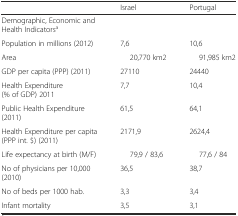
|  | Israel | Portugal |
 | --- | --- | --- |
 | Demographic, Economic and Health Indicatorsa |  |  |
 | Population in millions (2012) | 7,6 | 10,6 |
 | Area | 20,770 km2 | 91,985 km2 |
 | GDP per capita (PPP) (2011) | 27110 | 24440 |
 | Health Expenditure (% of GDP) 2011 | 7,7 | 10,4 |
 | Public Health Expenditure (2011) | 61,5 | 64,1 |
 | Health Expenditure per capita (PPP int. $) (2011) | 2171,9 | 2624,4 |
 | Life expectancy at birth (M/F) | 79,9 / 83,6 | 77,6 / 84 |
 | No of physicians per 10,000 (2010) | 36,5 | 38,7 |
 | No of beds per 1000 hab. | 3,3 | 3,4 |
 | Infant mortality | 3,5 | 3,1 |